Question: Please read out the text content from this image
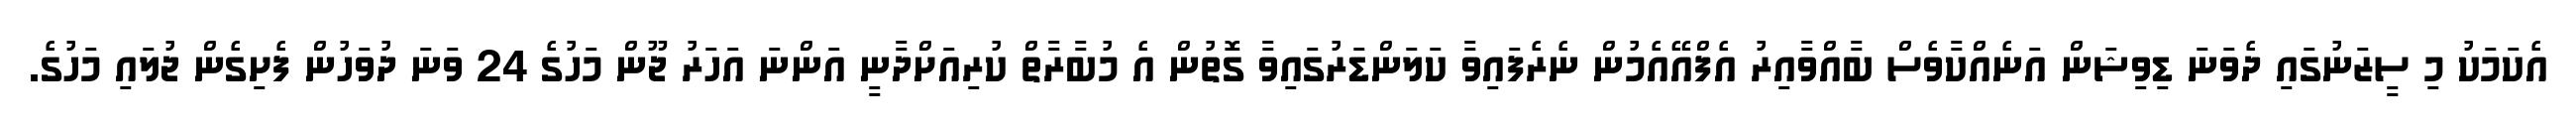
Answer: އެކަމަކު މި ސީޒަނުގައި ދެވަނަ ޑިވިޝަން އަނެއްކާވެސް ބާއްވާއިރު އެފްއޭއެމުން ނެރެފައިވާ ކަލަންޑަރުގައިވާ ގޮތުން އެ މުބާރާތް ކުރިއަށްދާނީ އަންނަ އަހަރު ޖޫން މަހުގެ 24 ވަނަ ދުވަހުން ފެށިގެން ޖުލައި މަހުގެ.